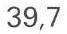
39,7